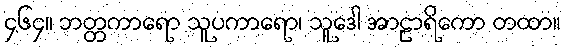
၄၆၄။ ဘတ္တကာရော သူပကာရော၊ သူဒေါ အာဠာရိကော တထာ။